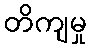
တိကျမှု